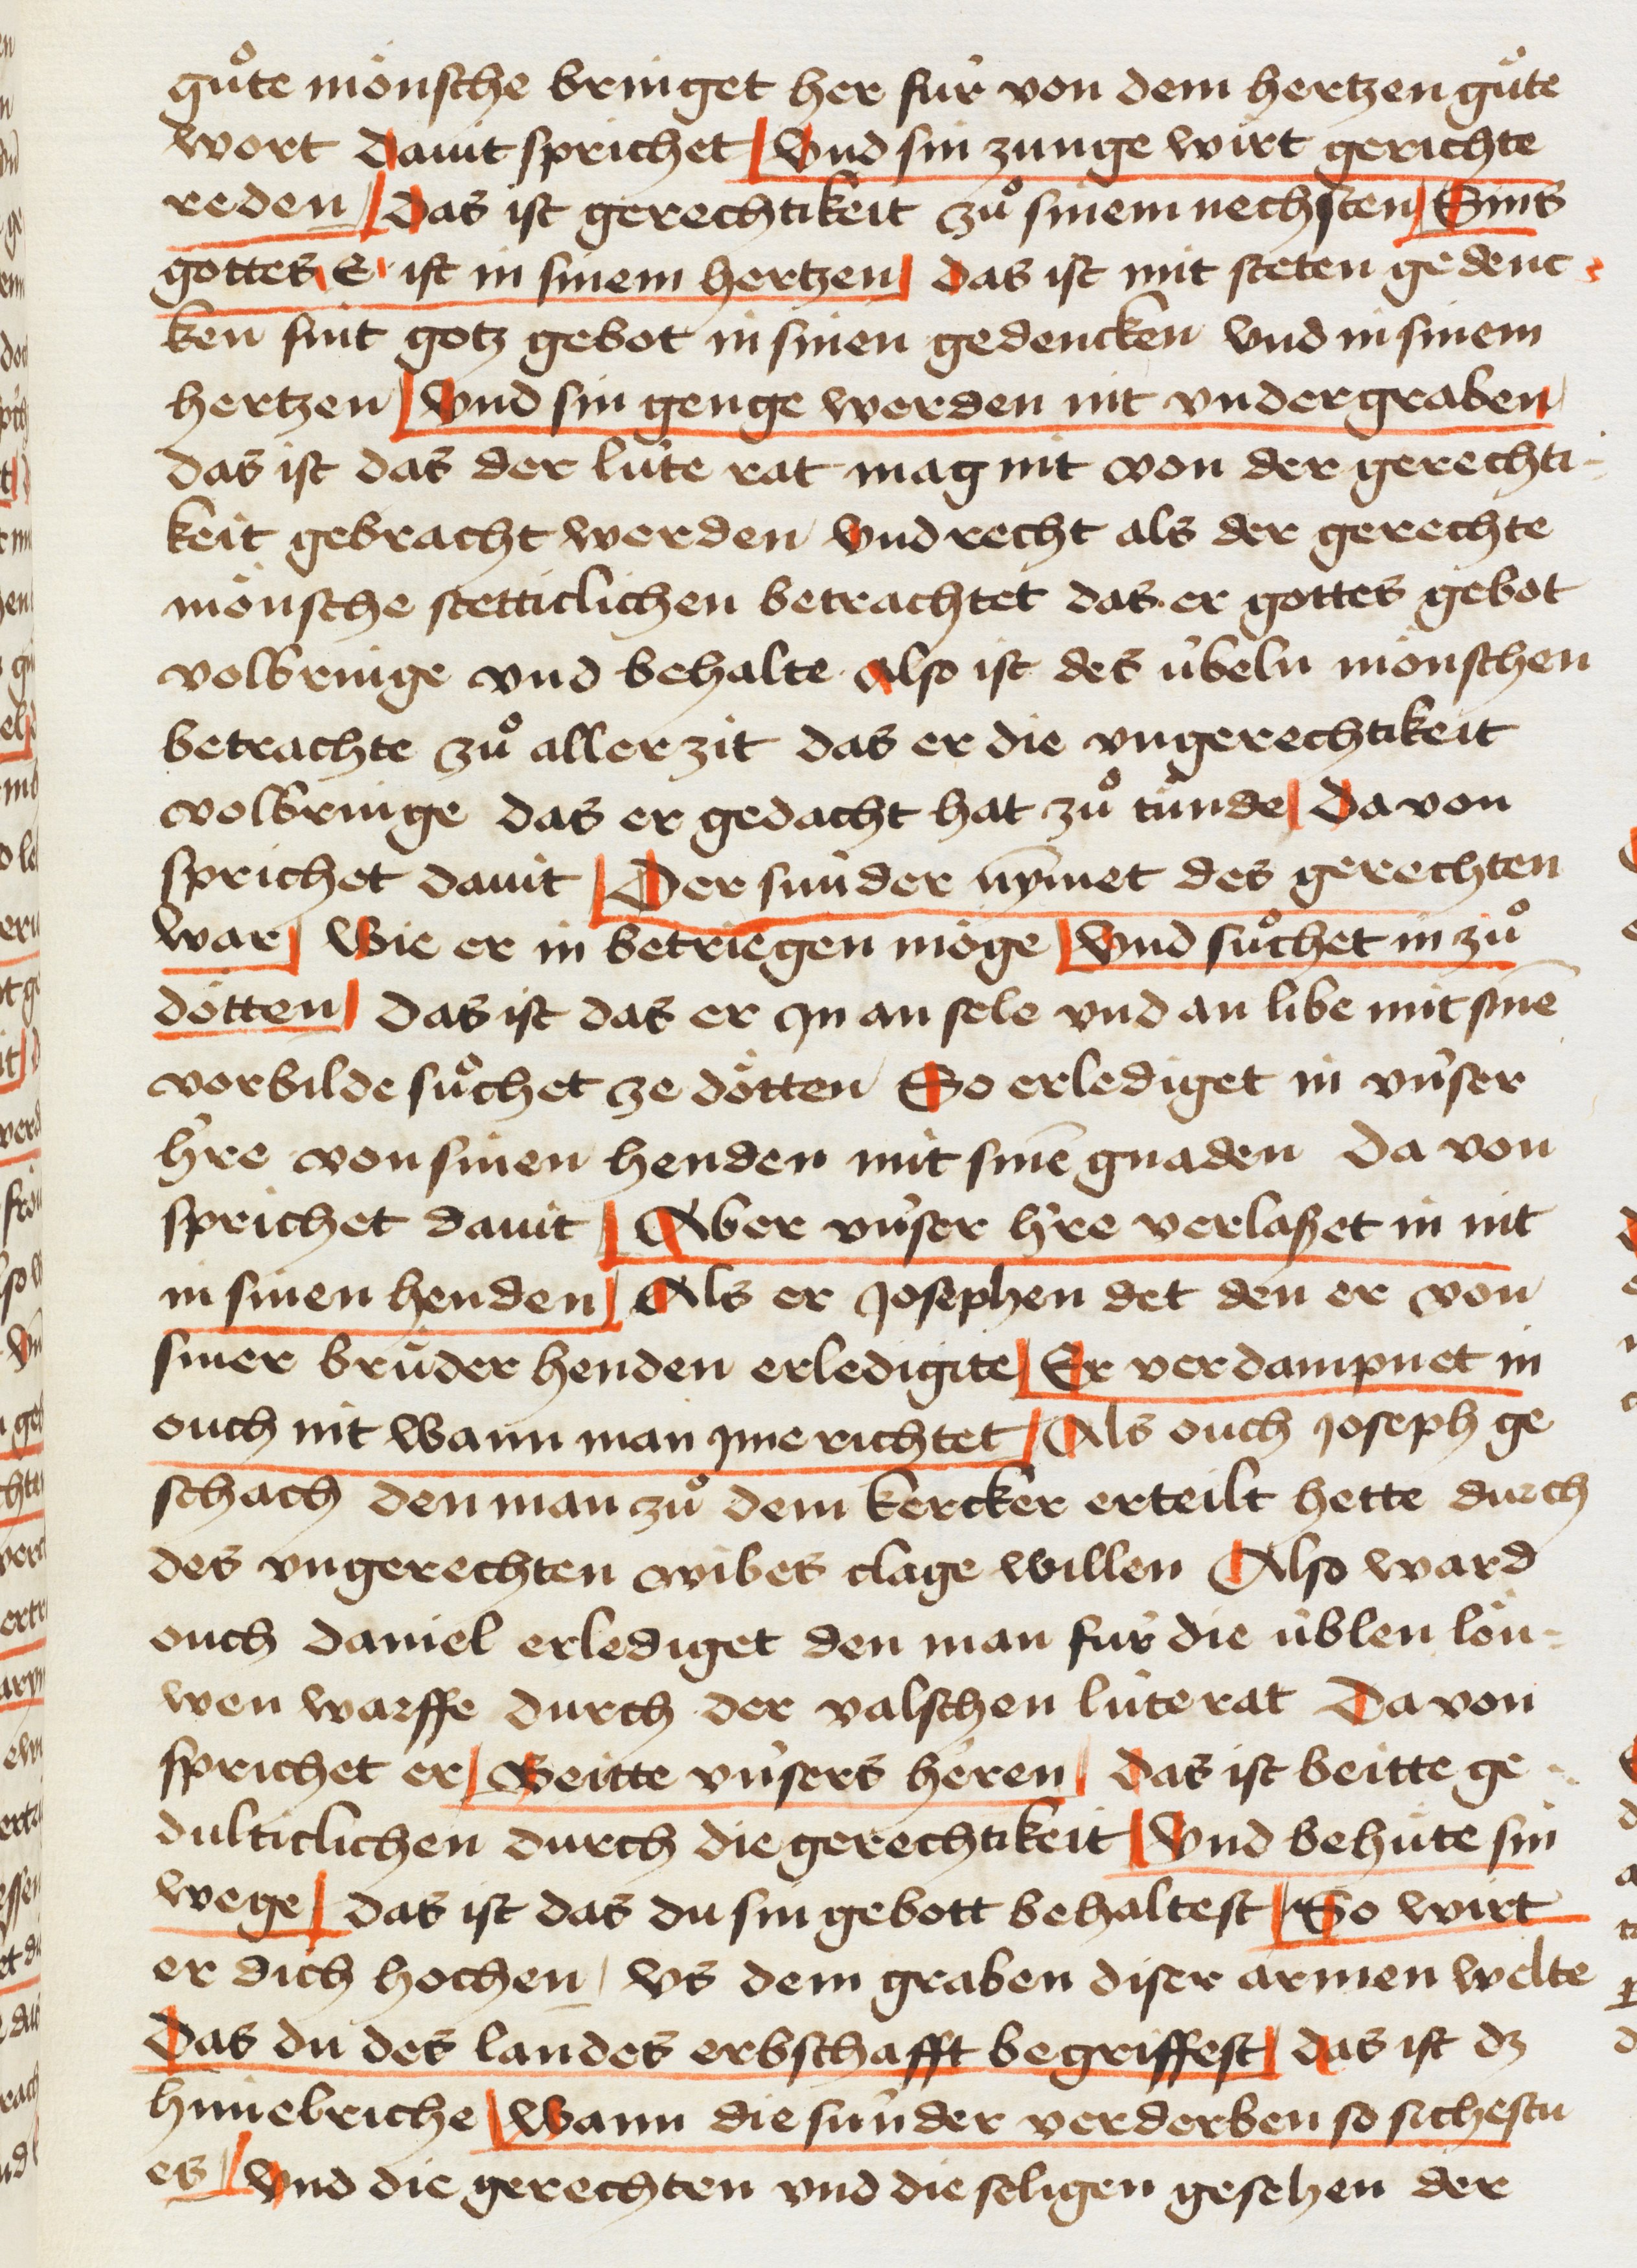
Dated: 1445–1475